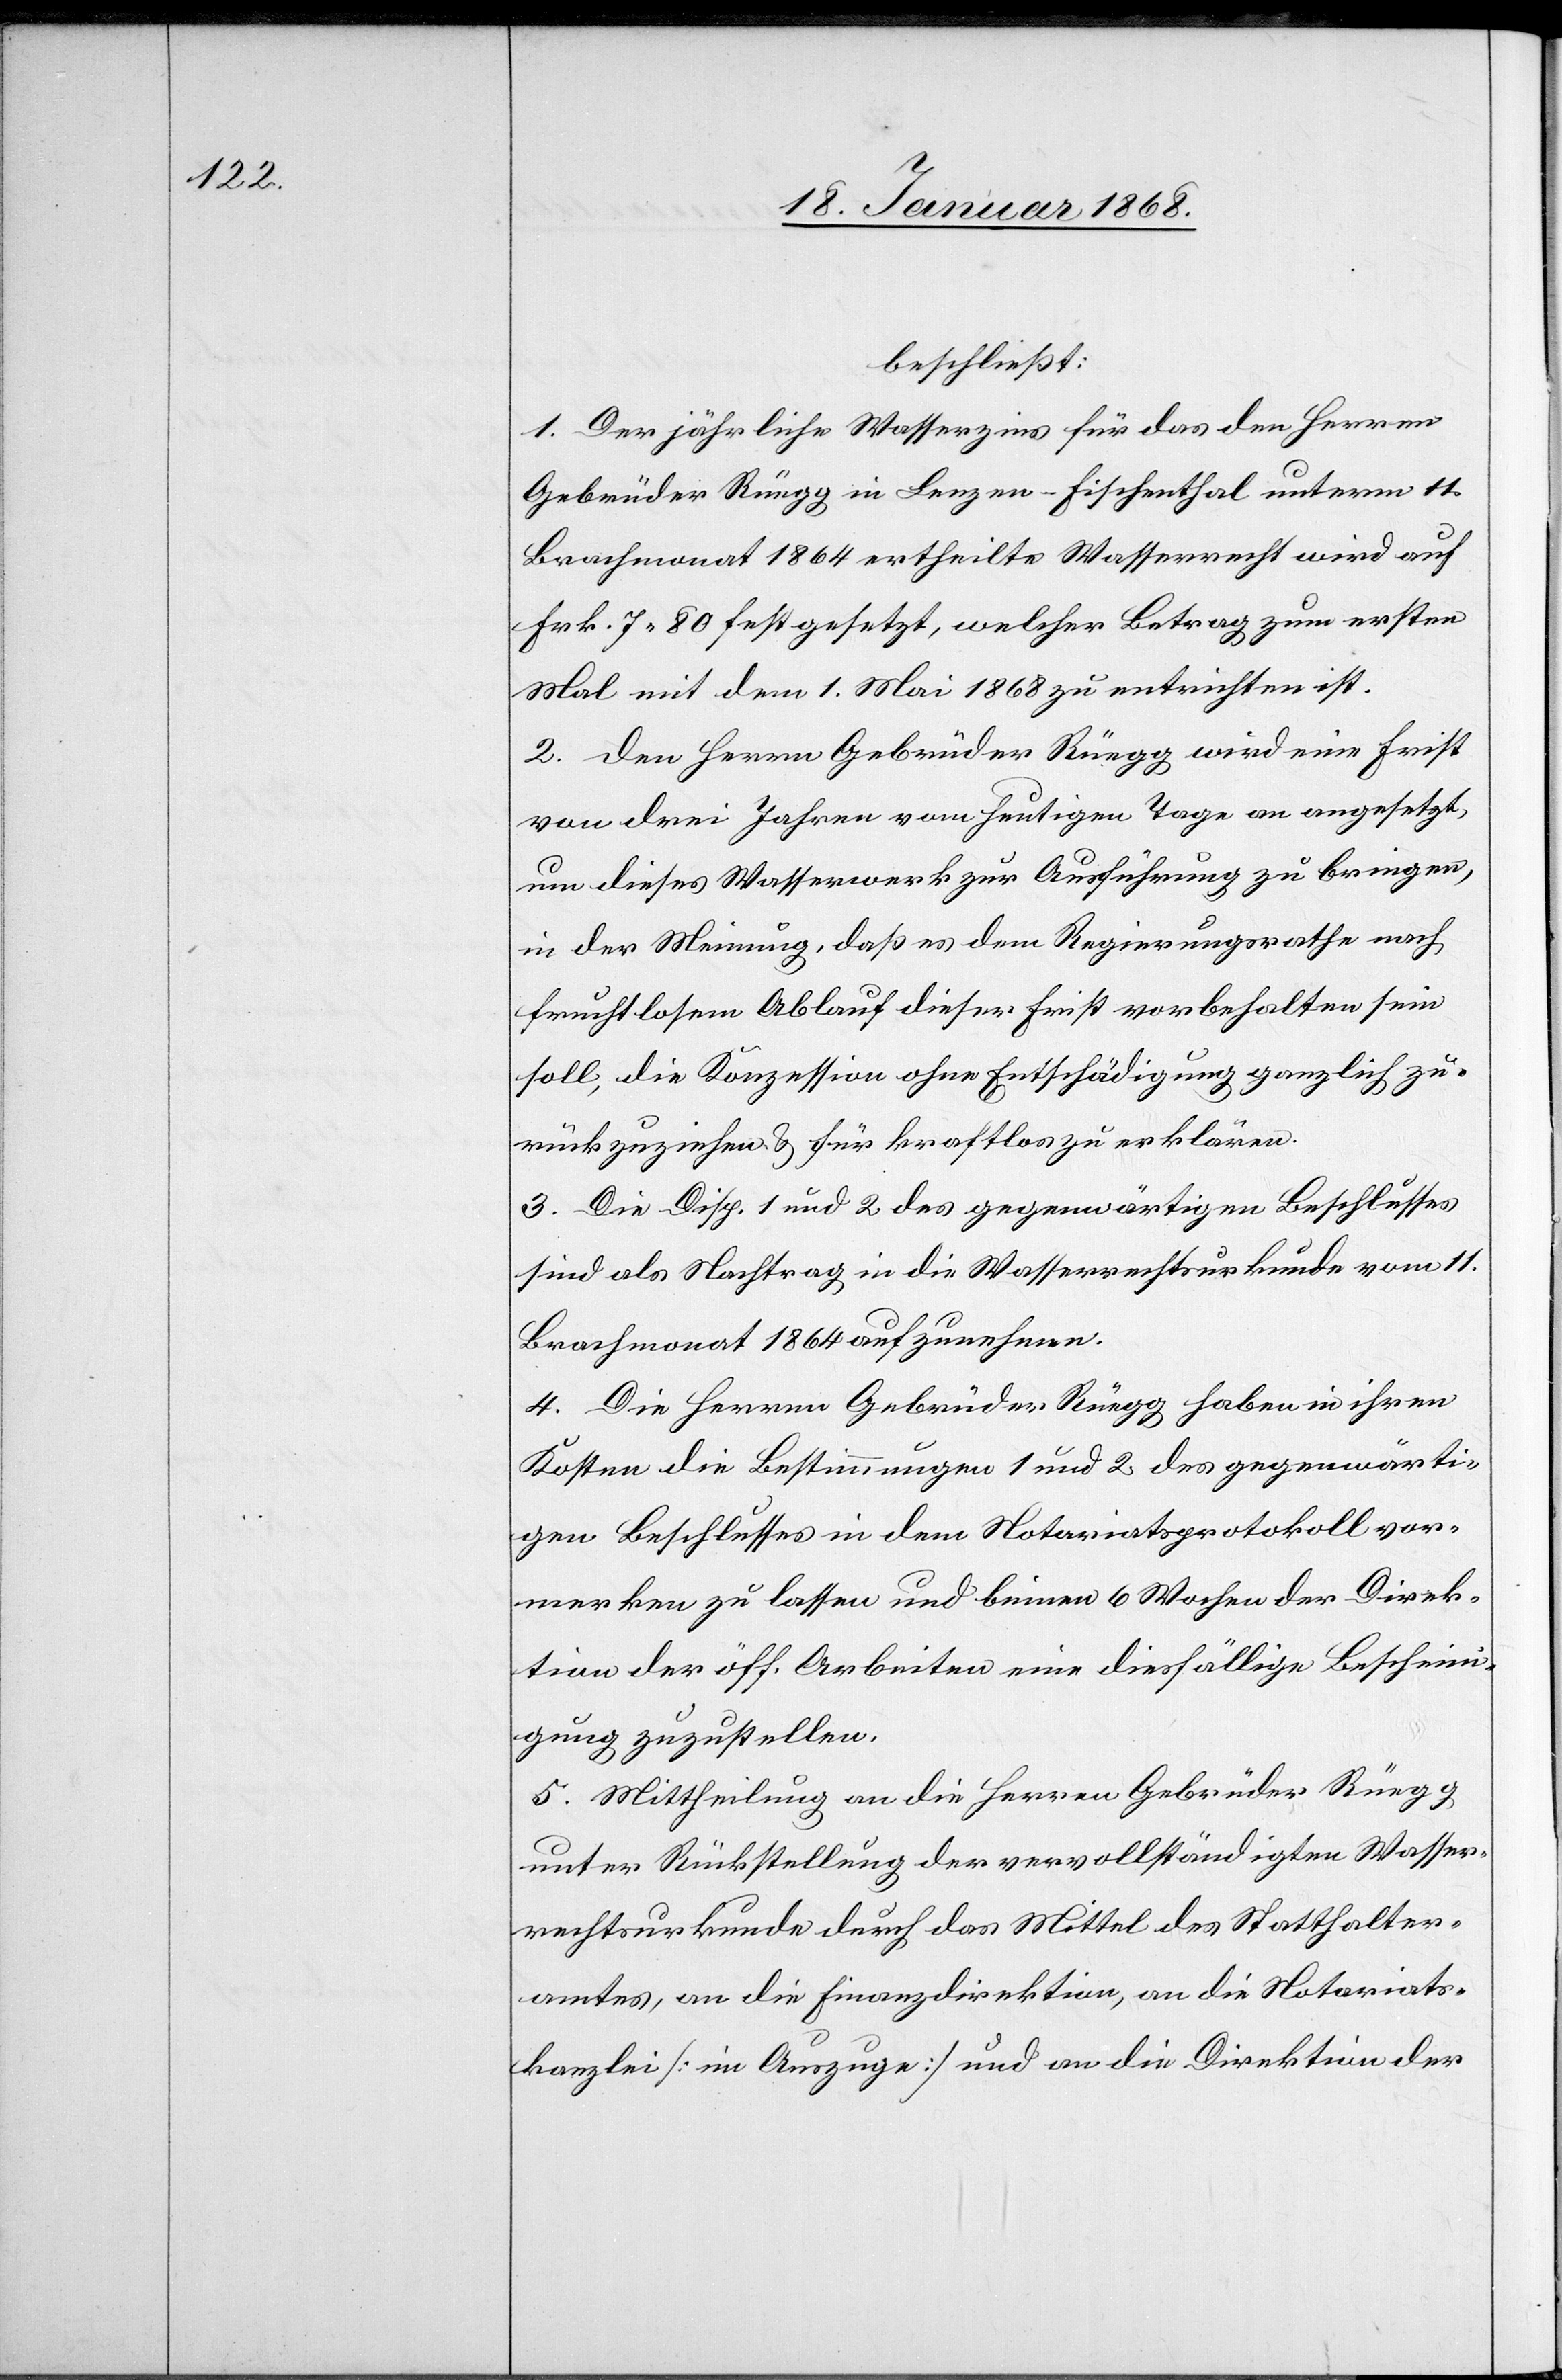
beschließt:
1. Der jährliche Wasserzins für das den Herren
Gebrüder Rüegg in Lenzen – Fischenthal unterm 11.
Brachmonat 1864 ertheilte Wasserrecht wird auf
Frk. 7 80 festgesetzt, welcher Betrag zum ersten
Mal mit dem 1. Mai 1868 zu entrichten ist.
2. Den Herren Gebrüder Rüegg wird eine Frist
von drei Jahren vom heutigen Tage an angesetzt,
um dieses Wasserwerk zur Ausführung zu bringen,
in der Meinung, daß es dem Regierungsrathe nach
fruchtlosem Ablauf dieser Frist vorbehalten sein
soll, die Konzession ohne Entschädigung ganzlich
zurückzuziehen & für kraftlos zu erklären.
3. Die Disp. 1 und 2 des gegenwärtigen Beschlusses
sind als Nachtrag in die Wasserrechtsurkunde vom 11.
Brachmonat 1864 aufzunehmen.
4. Die Herren Gebrüder Rüegg haben in ihren
Kosten die Bestimmungen 1 und 2 des gegenwärti¬
gen Beschlusses in dem Notariatsprotokoll vor¬
merken zu lassen und binnen 6 Wochen der Direk¬
tion der öff. Arbeiten eine diesfällige Beschein¬
igung zuzustellen.
5. Mittheilung an die Herren Gebrüder Rüegg
unter Rückstellung der vervollständigten Wasser¬
rechtsurkunde durch das Mittel des Statthalter¬
amtes, an die Finanzdirektion, an die Notariats¬
kanzlei [im Auszuge] und an die Direktion der